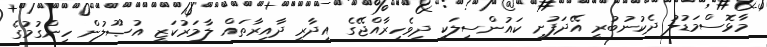
މާޅޮސްމަޑުލު ދެކުނުބުރީ އޭދަފުށީ ކައުންސިލަކީ ދިވެހިރާއްޖޭގެ އިދާރީ ދާއިރާތައް ލާމަރުކަޒީ އުޞޫލުން ހިންގުމުގެ